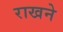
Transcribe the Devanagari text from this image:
राखने